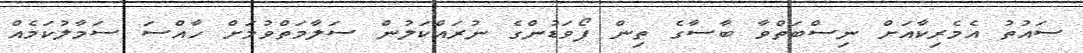
ސައުތު އެމެރިކާއަށް ނިސްބަތްވާ ބާސާގެ ތިން ފޯވަޑުންގެ ނުރައްކަލުން ސަލާމަތްވުމަށް ހާއްސަ ސަމާލުކަމެއް